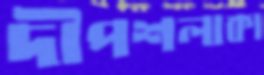
দীপশলাকা